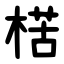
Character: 楛